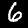
Digit: 6